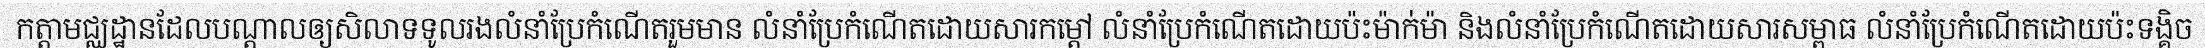
កត្តាមជ្ឈដ្ឋានដែលបណ្តាលឲ្យសិលាទទូលរងលំនាំប្រែកំណើតរួមមាន លំនាំប្រែកំណើតដោយសារកម្តៅ លំនាំប្រែកំណើតដោយប៉ះម៉ាក់ម៉ា និងលំនាំប្រែកំណើតដោយសារសម្ពាធ លំនាំប្រែកំណើតដោយប៉ះទង្គិច